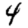
Digit: 4